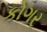
કોગર